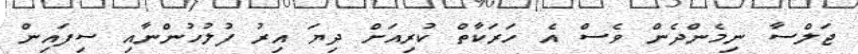
ޖަލްސާ ނިމެންދެން ވެސް އެ ހަރަކާތް ކުރިއަށް ދިޔަ އިރު ފުލުހުންނާއި ސިފައިން